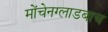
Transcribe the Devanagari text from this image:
मोंचेनग्लाडबाच